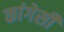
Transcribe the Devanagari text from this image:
कांगेसी